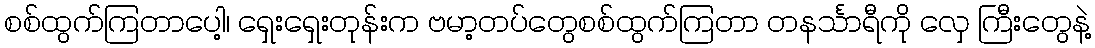
စစ်ထွက်ကြတာပေါ့၊ ရှေးရှေးတုန်းက ဗမာ့တပ်တွေစစ်ထွက်ကြတာ တနင်္သာရီကို လှေ ကြီးတွေနဲ့